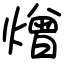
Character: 熷